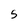
Character: S